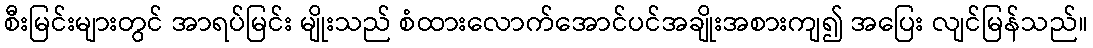
စီးမြင်းများတွင် အာရပ်မြင်း မျိုးသည် စံထားလောက်အောင်ပင်အချိုးအစားကျ၍ အပြေး လျင်မြန်သည်။